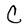
Character: C